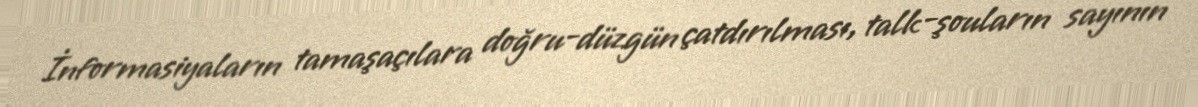
İnformasiyaların tamaşaçılara doğru-düzgün çatdırılması, talk-şouların sayının